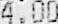
4.00